Lunatic asylums Madras 1892-1911 - 1892-1911
Year: 1892
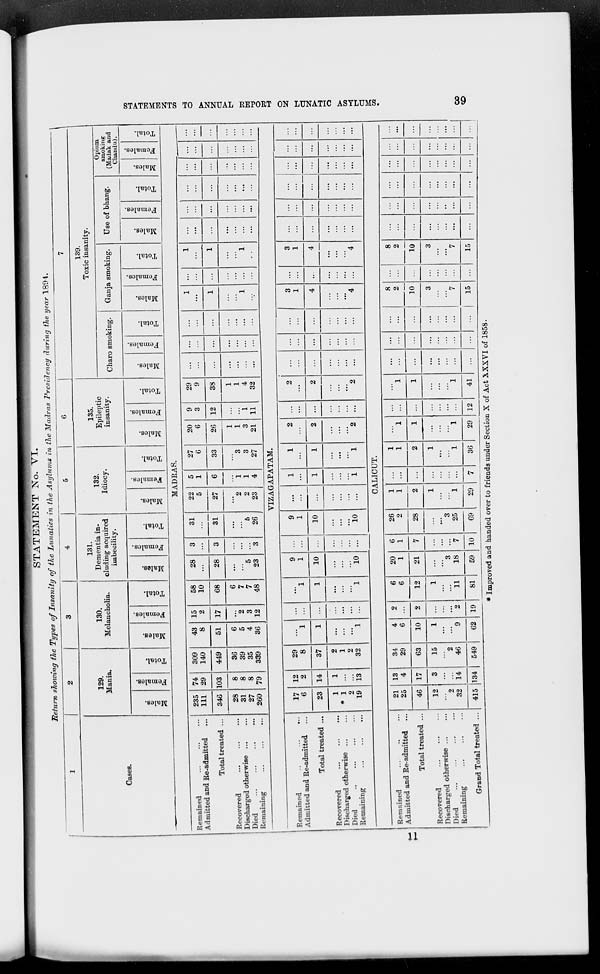
STATEMENTS TO ANNUAL REPORT ON LUNATIC ASYLUMS.
39
STATEMENT No. VI.
Return showing the Types of Insanity of the Lunatics in the Asylums in the Madras Presidency during the year 1894.
1
Cases.
2
129.
Mania.
Males.
Females.
Total.
3
130.
Melancholia.
Males.
Females.
Total.
4
131.
Dementia in-
cluding acquired
imbecility.
Males.
Females.
Total.
5
132.
Idiocy.
Males.
Females.
Total.
6
135.
Epileptic
insanity.
Males.
Females.
Total.
7
139.
Toxic insanity.
Charo smoking.
Males.
Females.
Total.
Ganja smoking.
Males.
Females.
Total.
Use of bhang.
Males.
Females.
Total.
Opium
smoking
(Madak and
Chandu).
Males.
Females.
Total.
MADRAS.
Remained ... ... ...
Admitted and Re-admitted ...
Total treated ...
Recovered ... ... ...
Discharged otherwise ... ...
Died
...
...
...
...
Remaining ... ... ...
235
111
346
28
31
27
260
74
29
103
8
8
8
79
309
140
449
36
39
35
339
43
8
51
6
5
4
36
15
2
17
...
2
3
12
58
10
68
6
7
7
48
28
...
28
...
...
5
23
3
...
3
...
...
...
3
31
...
31
...
...
5
26
22
5
27
...
2
2
23
5
1
6
...
1
1
4
27
6
33
...
3
3
27
20
6
26
1
1
3
21
9
3
12
...
...
1
11
29
9
38
1
1
4
32
...
...
...
...
...
...
...
...
...
...
...
...
...
...
...
...
...
...
...
...
...
1
...
1
...
...
1
...
...
...
...
...
...
...
...
1
...
1
...
...
1
...
...
...
...
...
...
...
...
...
...
...
...
...
...
...
...
...
...
...
...
...
...
...
...
...
...
...
...
...
...
...
...
...
...
...
...
...
...
...
...
...
...
...
VIZAGAPATAM.
Remained
...
...
...
...
Admitted and Re-admitted ...
Total treated ...
Recovered ... ... ...
Discharged otherwise
...
...
Died
...
...
...
...
Remaining ... ... ...
17
6
23
1
* 1
2
19
12
2
14
1
...
...
13
29
8
37
2
1
2
32
...
1
1
...
...
...
1
...
...
...
...
...
...
...
...
1
1
...
...
...
1
9
1
10
...
...
...
10
...
...
...
...
...
...
...
9
1
10
...
...
...
10
...
...
...
...
...
...
...
1
...
1
...
...
...
1
1
...
1
...
...
...
1
2
...
2
...
...
...
2
...
...
...
...
...
...
...
2
...
2
...
...
...
2
...
...
...
...
...
...
...
...
...
...
...
...
...
...
...
...
...
...
...
...
...
3
1
4
...
...
...
4
...
...
...
...
...
...
...
3
1
4
...
...
...
4
...
...
...
...
...
...
...
...
...
...
...
...
...
...
...
...
...
...
...
...
...
...
...
...
...
...
...
...
...
...
...
...
...
...
...
...
...
...
...
...
...
...
CALICUT.
Remained ... ... ...
Admitted and Re-admitted ...
Total treated ...
Recovered ... ... ...
Discharged otherwise
...
...
Died
...
...
...
...
Remaining
...
...
...
Grand Total treated ...
21
25
46
12
...
2
32
415
13
4
17
3
...
...
14
134
34
29
63
15
...
2
46
549
4
6
10
1
...
...
9
62
2
...
2
...
...
...
2
19
6
6
12
1
...
...
11
81
20
1
21
...
...
3
18
59
6
1
7
...
...
...
7
10
26
2
28
...
...
3
25
69
1
1
2
1
...
...
1
29
...
...
...
...
...
...
...
7
1
1
2
1
...
...
1
36
...
1
1
...
...
...
1
29
...
...
...
...
...
...
...
12
...
1
1
...
...
...
1
41
...
...
...
...
...
...
...
...
...
...
...
...
...
...
...
...
...
...
...
...
...
...
...
...
8
2
10
3
...
...
7
15
...
...
...
...
...
...
...
...
8
2
10
3
...
...
7
15
...
...
...
...
...
...
...
...
...
...
...
...
...
...
...
...
...
...
...
...
...
...
...
...
...
...
...
...
...
...
...
...
...
...
...
...
...
...
...
...
...
...
...
...
...
...
...
...
* Improved and handed over to friends under Section X of Act XXXVI of 1858.
11